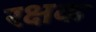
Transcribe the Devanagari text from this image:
रक्षक